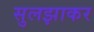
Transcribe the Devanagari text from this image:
सुलझाकर